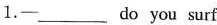
1.—___do you surf